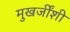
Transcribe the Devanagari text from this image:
मुखर्जींशी